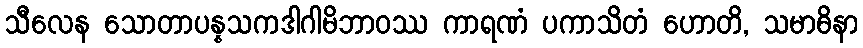
သီလေန သောတာပန္နသကဒါဂါမိဘာဝဿ ကာရဏံ ပကာသိတံ ဟောတိ, သမာဓိနာ